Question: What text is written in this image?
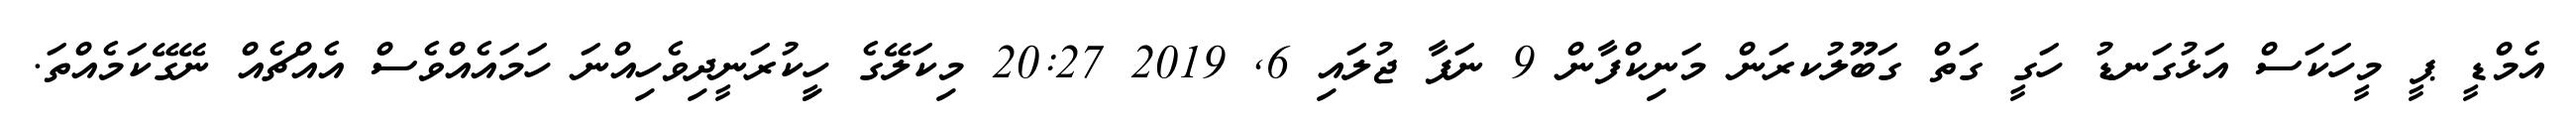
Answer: އެމްޑީ ޕީ މީހަކަސް އަޅުގަނޑު ހަގީ ގަތް ގަބޫލުކރަން މަނިކްފާން 9 ނަފާ ޖުލައި 6, 2019 20:27 މިކަލޭގެ ހީިކުރަނީދިވެހިއްނަ ހަމައެއްވެސް އެއްޗެއް ނޭގޭކަމެއްތަ.